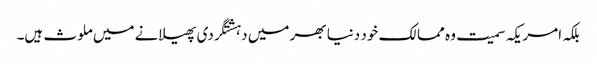
بلکہ امریکہ سمیت وہ ممالک خود دنیا بھر میں دہشتگردی پھیلانے میں ملوث ہیں۔